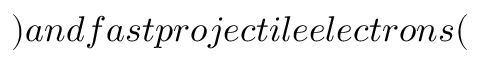
) a n d f a s t p r o j e c t i l e e l e c t r o n s (